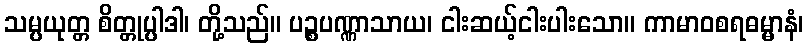
သမ္ပယုတ္တ စိတ္တုပ္ပါဒါ၊ တို့သည်။ ပဉ္စပဏ္ဏာသာယ၊ ငါးဆယ့်ငါးပါးသော။ ကာမာဝစရဓမ္မာနံ၊